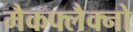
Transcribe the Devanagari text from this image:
मैकफ्लैक्नो